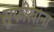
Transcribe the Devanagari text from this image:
सूफीखाना